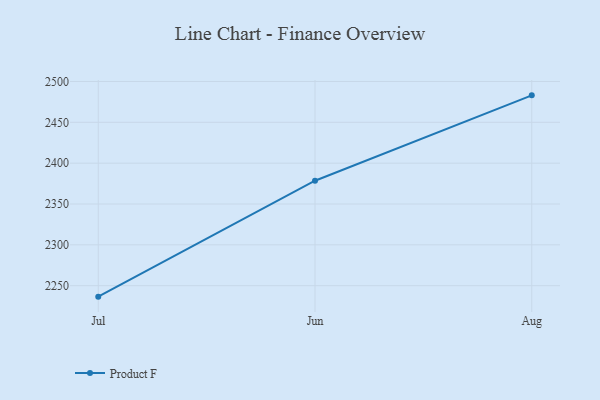
{"axis": {"x": "Month", "y": "Gross Profit (USD K)"}, "legend": ["Product F"], "data": [{"x": "Jul", "y": 2236.6, "type": "Product F"}, {"x": "Jun", "y": 2378.5, "type": "Product F"}, {"x": "Aug", "y": 2483.0, "type": "Product F"}]}